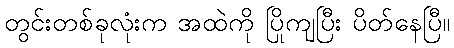
တွင်းတစ်ခုလုံးက အထဲကို ပြိုကျပြီး ပိတ်နေပြီ။